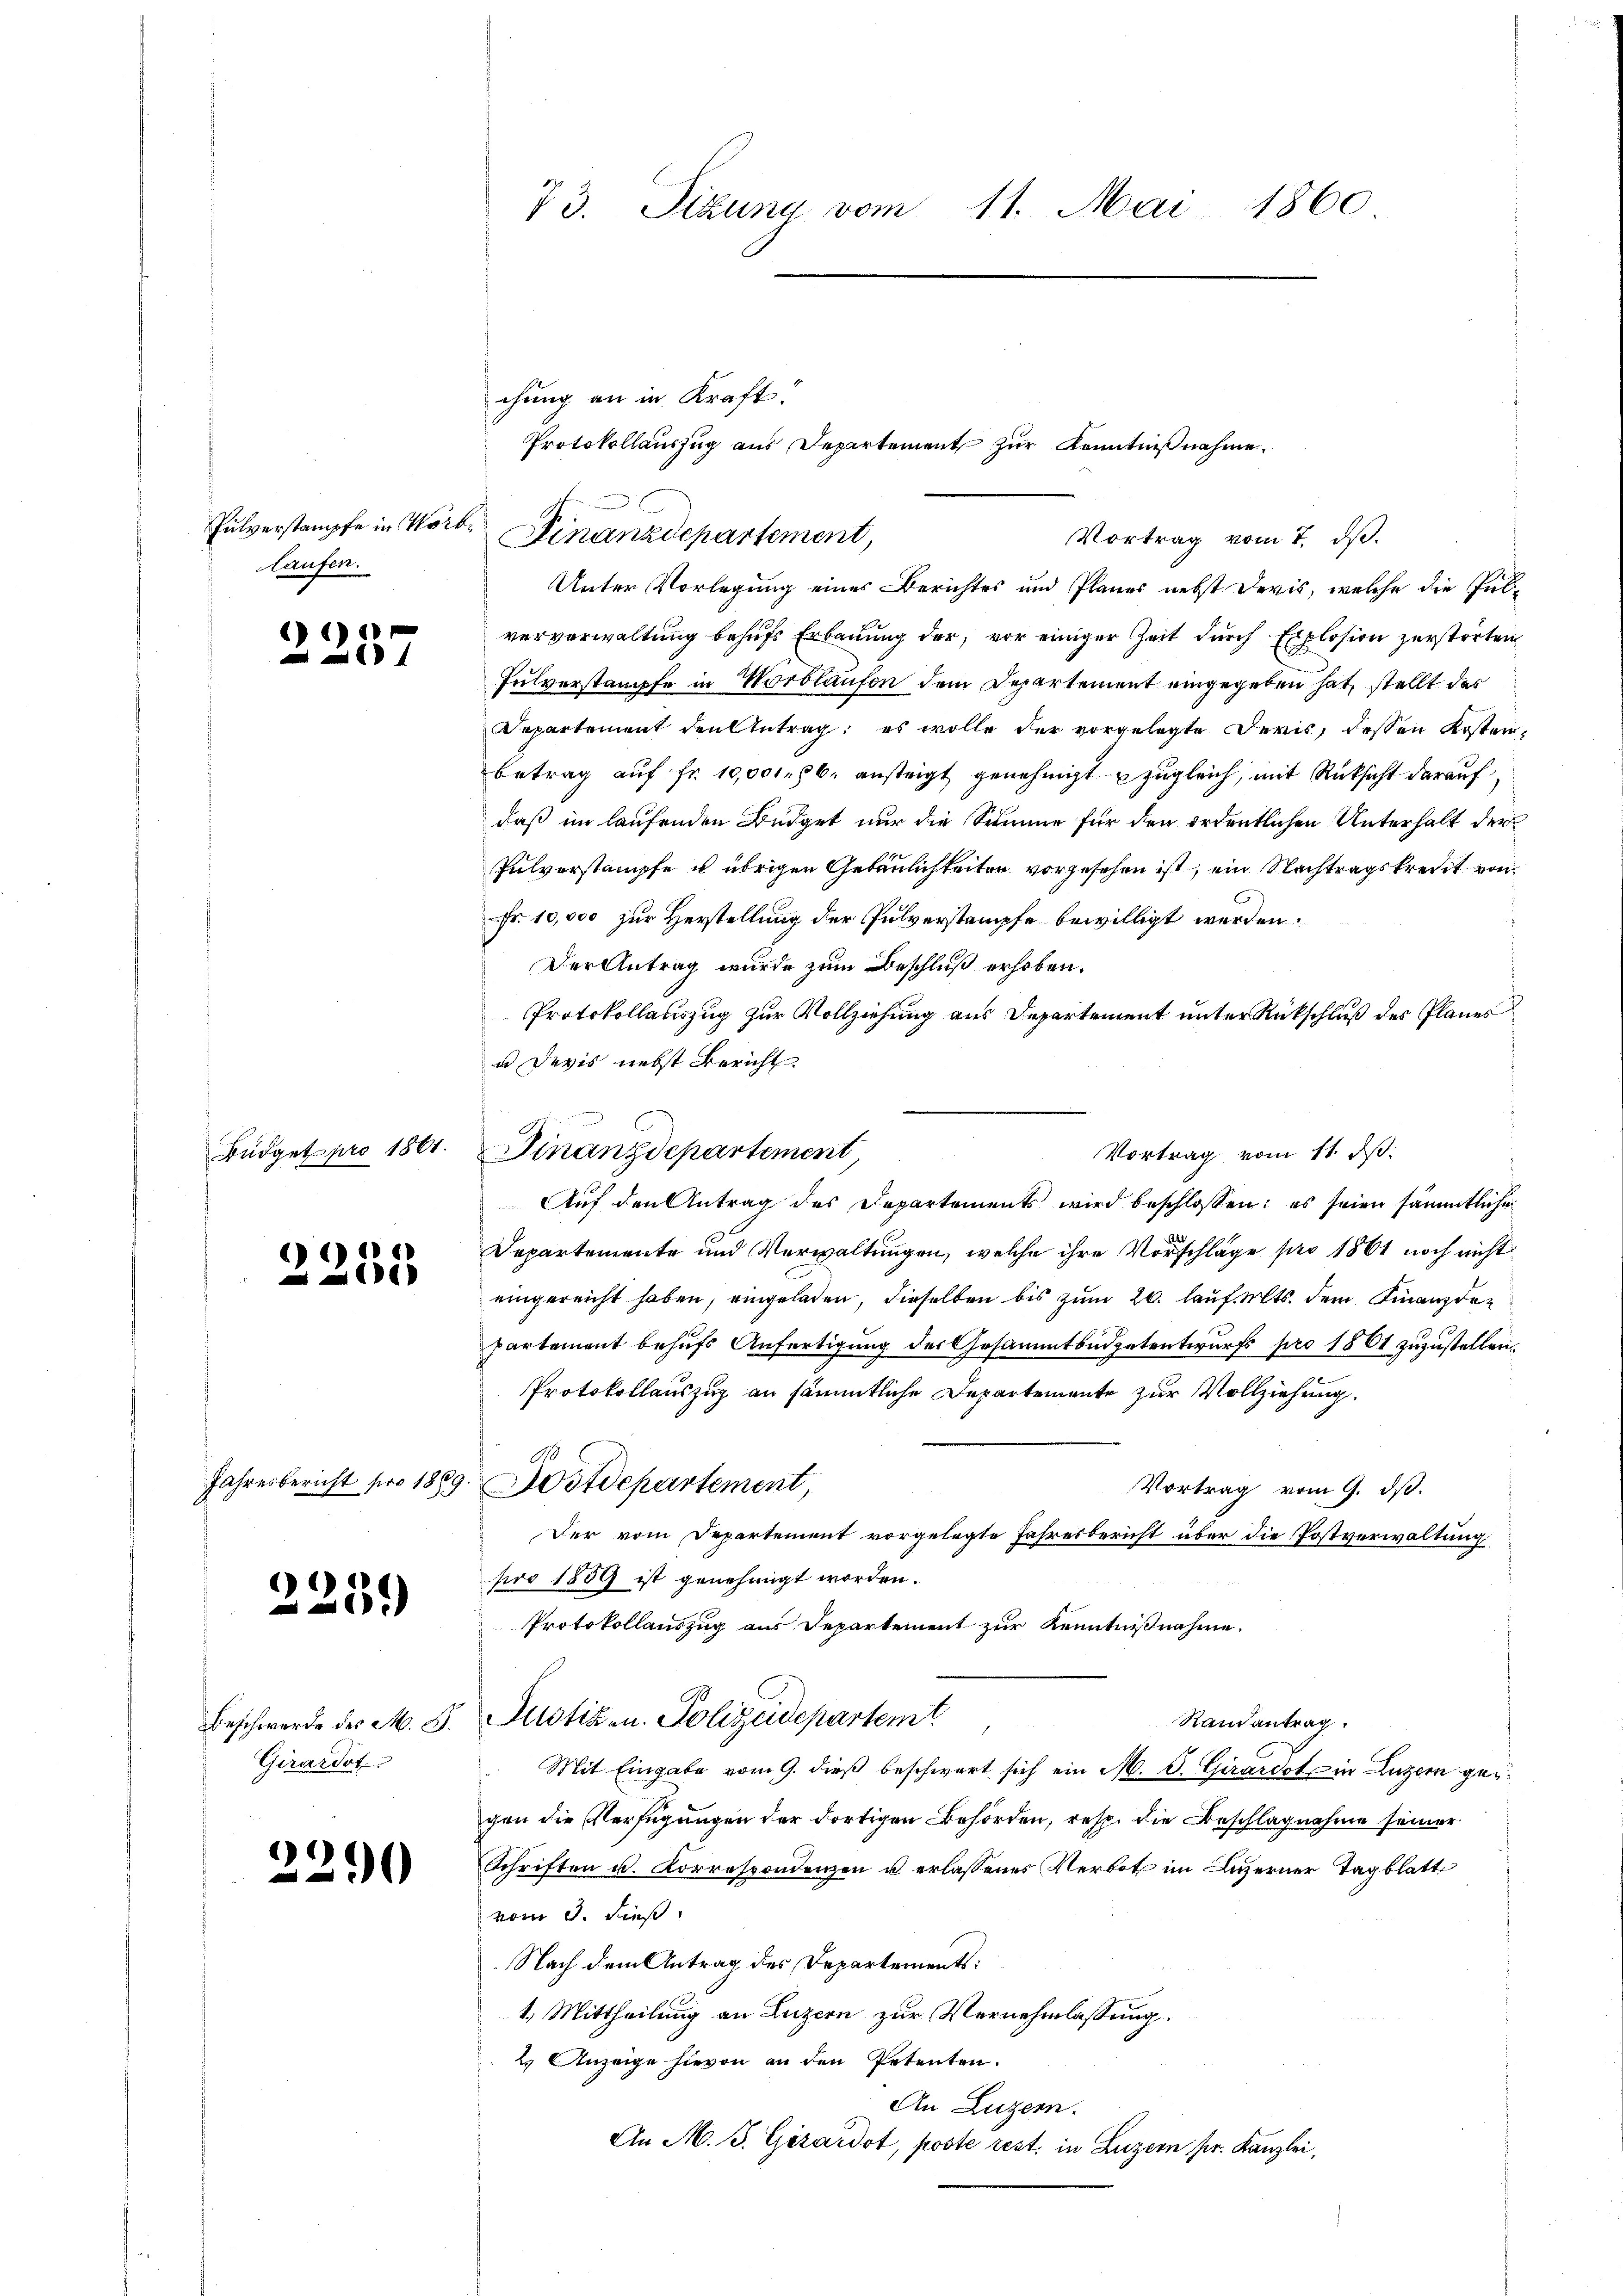
Fulverstampfe in Korblaufen.

1)
4

Büdget pro 1861.

) 2) 1910

Jahresbericht pro 1889

2239)

Beschwerde des M. D.
Girardot

2

)

chung an in Kraft.
Protokollauszug aus Departement zur Kenntnißnahme.
Finanzdepartement,
Vortrag vom 7. dβ.
Unter Vorlegung eines Berichtes und Planes nebst Devis, welche die Pulververwaltung behufs Erbauung der vor einiger Zeit durch Explosion zerstorten
Fulverstampfe in Wortlaufen dem Departement eingegeben hat, stellt das
Departement den Antrag es wolle der vorgelegte Devis, dessen Kosterbetrag auf fr. 10,000. 56. ansteigt genehmigt zugleich, mit Rücksicht darauf
daß im laufenden Büdget nur die Summe für den ordentlichen Unterhalt der
Pulverstampfe u. übrigen Gebäulichkeiten vorgesehen ist, ein Nachtragskredit von
Fr. 10,000 zur Herstellung der Pulverstampfe bewilligt werden.
Der Antrag wurde zum Beschluß erhoben.
Protokollauszug zur Vollziehung aus Departement unter Rückschluß des Planes
u Devis nebst Bericht
Vortrag vom 11. ds.
Auf den Antrag des Departements wird beschlossen: es seien sämmtliche
Departemente und Verwaltungen, welche ihre Vorschläge pro 1861 noch nicht
eingereicht haben, eingeladen, dieselben bis zum 20. lauf alts dem Finanzde
Partement behufs Anfertigung der Gesammtbüdgetentwurfs pro 1861 zuzustellen,
Protokollauszug an sämmtliche Departemente zur Vollziehung.
17
Aostdepartement,
Vortrag vom 9. dß.
Der vom Departement vorgelegte Jahresbericht über die Postverwaltung
pro 1889 ist genehmigt worden.
Protokollauszug aus Departement zur Kenntnißnahme.
Justiz- u. Polizeidepartemt
Randantrag.
Mit Eingabe vom 9. dieß beschwert sich ein M. D. Girardot ein Luzern gegen die Verfügungen der dortigen Behörden, resp. die Beschlagnahme seiner
Schriften u. Korrespondenzen u erlassenes Verbot im Luzerner Tagblatt
vom 3. dieß
Nach dem Antrag des Departements:
1.) Mittheilung an Luzern zur Vernehmlassung.
2. Anzeige hievon an den Petenten.
An Luzern.
An M. J. Girardot, poste rest, in Luzern pr. Kanzlei,

73. Sizung vom 11. Mai 1860

Finanzdepartement